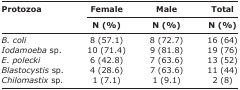
<table><thead><tr><td rowspan="3"><b>Protozoa</b></td><td><b>Female</b></td><td><b>Male</b></td><td><b>Total</b></td></tr><tr><td><b>N (%)</b></td><td><b>N (%)</b></td><td><b>N (%)</b></td></tr></thead><tbody><tr><td><i>B. coli</i></td><td>8 (57.1)</td><td>8 (72.7)</td><td>16 (64)</td></tr><tr><td><i>Iodamoeba</i> sp.</td><td>10 (71.4)</td><td>9 (81.8)</td><td>19 (76)</td></tr><tr><td><i>E. polecki</i></td><td>6 (42.8)</td><td>7 (63.6)</td><td>13 (52)</td></tr><tr><td><i>Blastocystis</i> sp.</td><td>4 (28.6)</td><td>7 (63.6)</td><td>11 (44)</td></tr><tr><td><i>Chilomastix</i> sp.</td><td>1 (7.1)</td><td>1 (9.1)</td><td>2 (8)</td></tr></tbody></table>